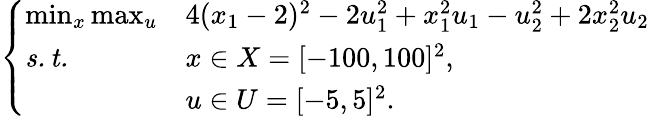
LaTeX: \left\{ \begin{array}{lll}{\operatorname*{min}_{x}\operatorname*{max}_{u}}&{4(x_{1}-2)^{2}-2u_{1}^{2}+x_{1}^{2}u_{1}-u_{2}^{2}+2x_{2}^{2}u_{2}}\\ {\mathit{s.t.}}&{x\in X=[-100,100]^{2},}\\ &{u\in U=[-5,5]^{2}.}\end{array}\right.